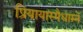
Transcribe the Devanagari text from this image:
प्रियायास्मैधाम्ने